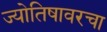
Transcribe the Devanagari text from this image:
ज्योतिषावरचा